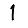
Digit: 1